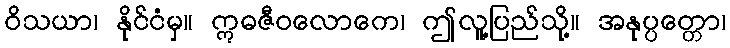
ဝိသယာ၊ နိုင်ငံမှ။ ဣဓဇီဝလောကေ၊ ဤလူ့ပြည်သို့။ အနုပ္ပတ္တော၊